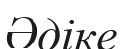
Әдіке